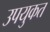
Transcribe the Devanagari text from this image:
उपयुकत